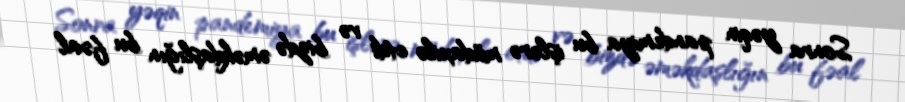
Sonra yəqin pandemiya bu işlərə müdaxilə etdi və bizdə əməkdaşlığın bu fəal